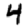
Digit: 4